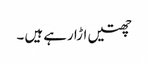
چھتیں اڑا رہے ہیں ۔